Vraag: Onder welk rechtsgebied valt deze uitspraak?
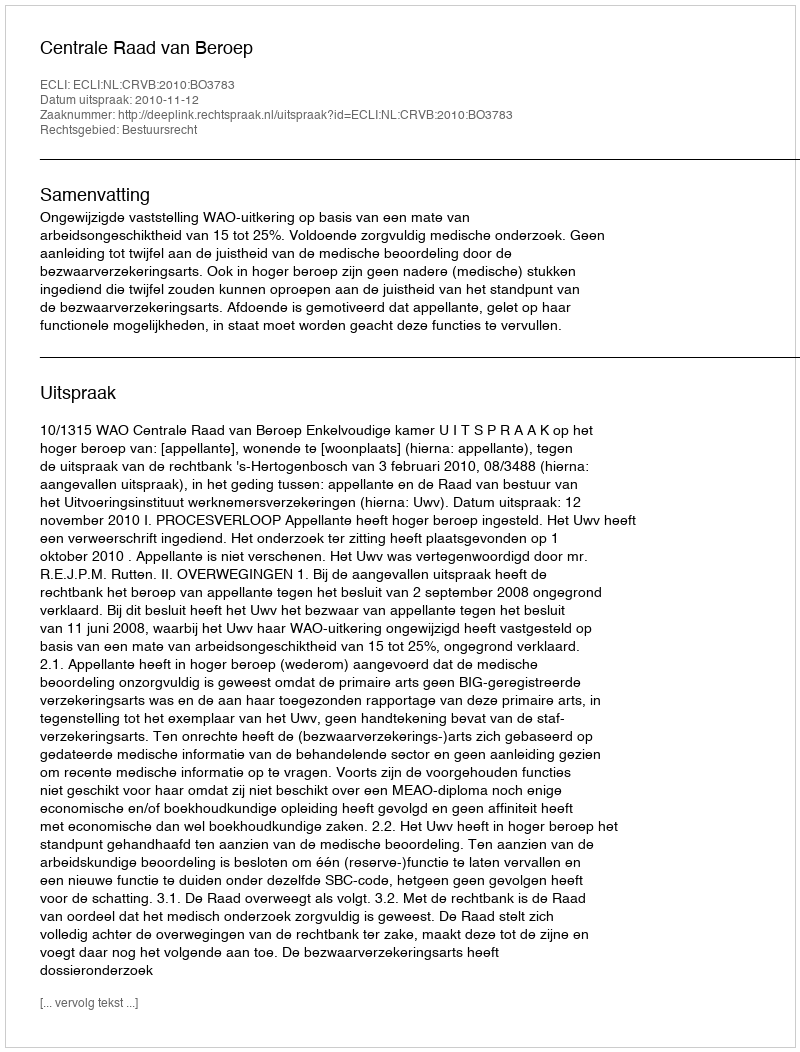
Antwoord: Bestuursrecht